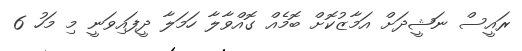
ރައީސް ނަޝީދަށް އަމާޒުކޮށް ބޮމެއް ގޮއްވާލާ ހަމަލާ ދީފައިވަނީ މި މަހު 6